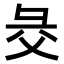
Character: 𢑓